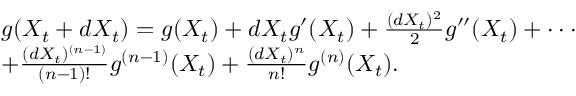
\begin{array} { r l } & { g ( X _ { t } + d X _ { t } ) = g ( X _ { t } ) + d X _ { t } g ^ { \prime } ( X _ { t } ) + \frac { ( d X _ { t } ) ^ { 2 } } { 2 } g ^ { \prime \prime } ( X _ { t } ) + \cdot \cdot \cdot } \\ & { + \frac { ( d X _ { t } ) ^ { ( n - 1 ) } } { ( n - 1 ) ! } g ^ { ( n - 1 ) } ( X _ { t } ) + \frac { ( d X _ { t } ) ^ { n } } { n ! } g ^ { ( n ) } ( X _ { t } ) . } \end{array}